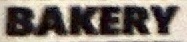
BAKERY